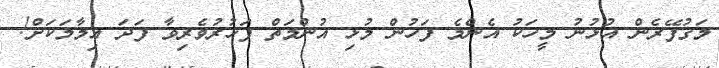
މަގުފޭރެން އުޅުނު މީހަކު އެންމެ ފަހުން މުޅި އުންމަތް ފަޚުރުވެރިވާ ފަދަ އިމާމަކަށް!